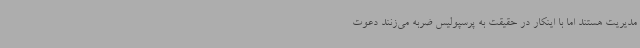
مدیریت هستند اما با اینکار در حقیقت به پرسپولیس ضربه می‌زنند دعوت